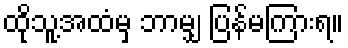
ထိုသူ့အထံမှ ဘာမျှ ပြန်မကြားရ။